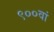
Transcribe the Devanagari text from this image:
९००वां